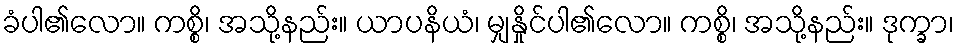
ခံပါ၏လော။ ကစ္စိ၊ အသို့နည်း။ ယာပနိယံ၊ မျှနှိုင်ပါ၏လော။ ကစ္စိ၊ အသို့နည်း။ ဒုက္ခာ၊